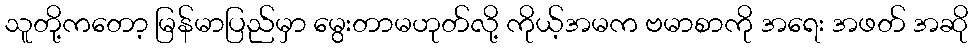
သူတို့ကတော့ မြန်မာပြည်မှာ မွေးတာမဟုတ်လို့ ကိုယ့်အမက ဗမာစာကို အရေး အဖတ် အဆို